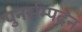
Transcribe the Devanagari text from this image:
पुनर्सम्पदन